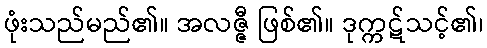
ဖုံးသည်မည်၏။ အလဇ္ဇီ ဖြစ်၏။ ဒုက္ကဋ်သင့်၏၊